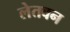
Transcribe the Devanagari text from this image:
लेतवन